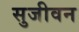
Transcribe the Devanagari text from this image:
सुजीवन